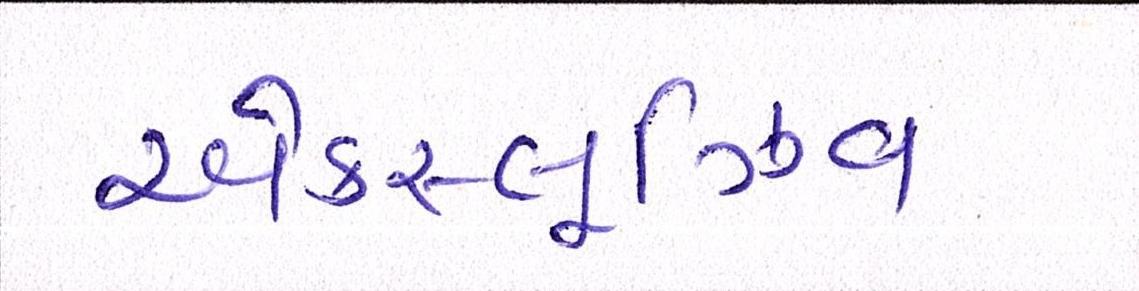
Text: એક્સ્લુઝિવ